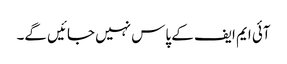
آئی ایم ایف کے پاس نہیں جائیں گے۔